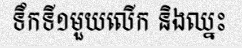
ទឹកទី១មួយលើក និងឈ្នះ